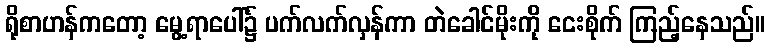
ရိုစာဟန်ကတော့ မွေ့ရာပေါ်၌ ပက်လက်လှန်ကာ တဲခေါင်မိုးကို ငေးစိုက် ကြည့်နေသည်။